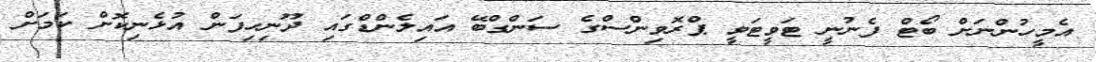
އެމީހުންނަށް ބޯޓް ފެނުނީ ޓަވީޓަވީ ޕްރޮވިންސްގެ ސަންގްބޭ އައިލެންޑްގައި ދޫނިހިފަން އުޅެނިކޮށް ކަމަށް